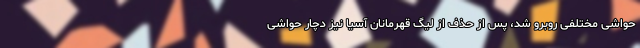
حواشی مختلفی روبرو شد، پس از حذف از لیگ قهرمانان آسیا نیز دچار حواشی